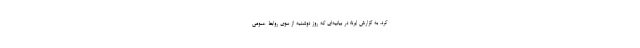
کرد. به گزارش ایرنا؛ در بیانیه‌ای که روز دوشنبه از سوی روابط عمومی